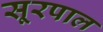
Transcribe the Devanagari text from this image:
सूरपाल